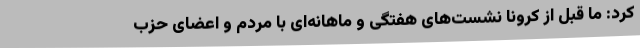
کرد: ما قبل از کرونا نشست‌های هفتگی و ماهانه‌ای با مردم و اعضای حزب